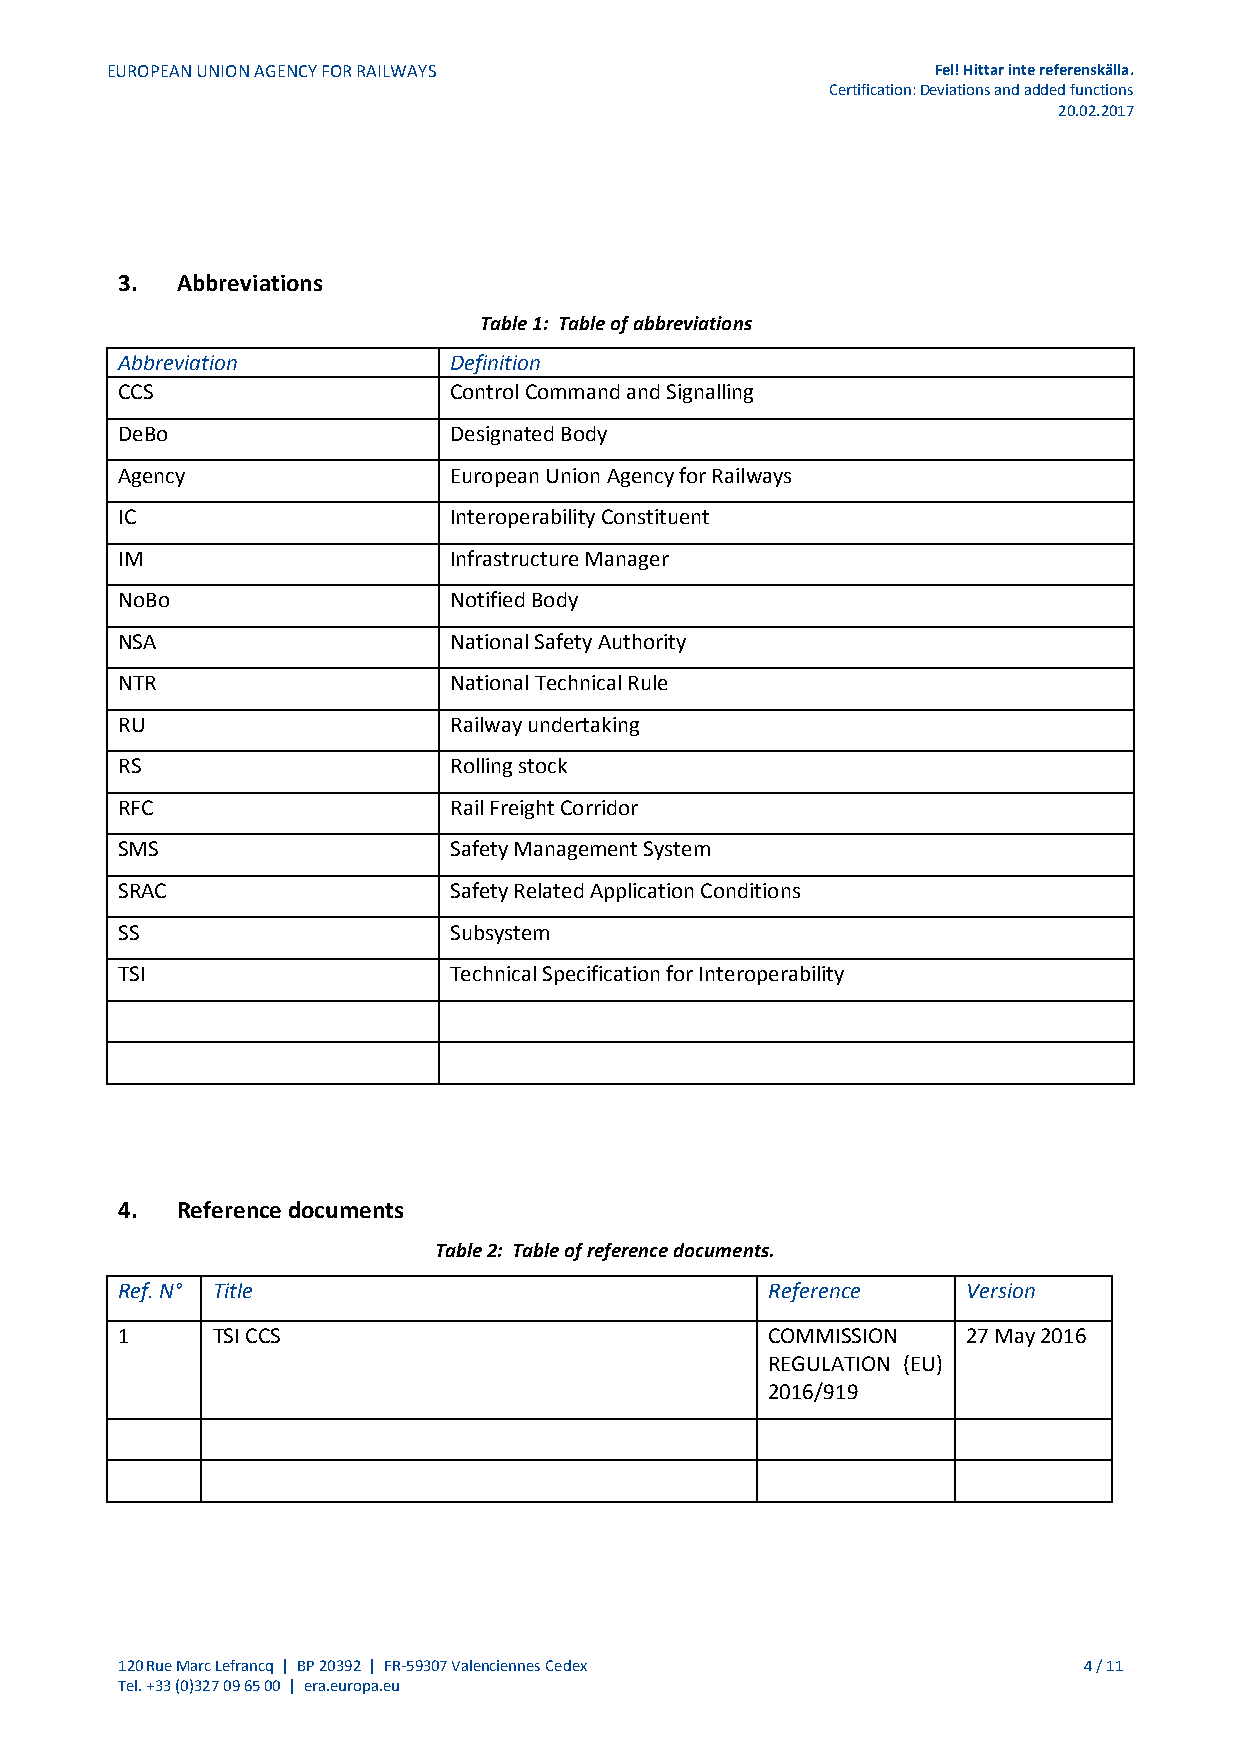
EUROPEAN UNION AGENCY FOR RAILWAYS                     Fel! Hittar inte referenskälla.
 Certification: Deviations and added functions
 20.02.2017
 3.  Abbreviations
 Table 1: Table of abbreviations
 Abbreviation          Definition
 CCS                   Control Command and Signalling
 DeBo                  Designated Body
 Agency                European Union Agency for Railways
 IC                    Interoperability Constituent
 IM                    Infrastructure Manager
 NoBo                  Notified Body
 NSA                   National Safety Authority
 NTR                   National Technical Rule
 RU                    Railway undertaking
 RS                    Rolling stock
 RFC                   Rail Freight Corridor
 SMS                   Safety Management System
 SRAC                  Safety Related Application Conditions
 SS                    Subsystem
 TSI                   Technical Specification for Interoperability
 4.  Reference documents
 Table 2: Table of reference documents.
 Ref. N° Title                              Reference    Version
 1     TSI CCS                              COMMISSION   27 May 2016
 REGULATION (EU)
 2016/919
 120 Rue Marc Lefrancq | BP 20392 | FR-59307 Valenciennes Cedex  4 / 11
 Tel. +33 (0)327 09 65 00 | era.europa.eu